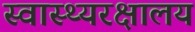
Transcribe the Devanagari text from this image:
स्वास्थ्यरक्षालय